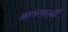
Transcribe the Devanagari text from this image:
नलसाज़ी